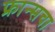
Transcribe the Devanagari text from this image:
फ्रान्‍सचा